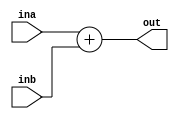
`timescale 1ns / 1ps
//////////////////////////////////////////////////////////////////////////////////
// Company: 
// Engineer: 
// 
// Design Name: 
// Module Name: adder
// Project Name: 
// Target Devices: 
// Tool Versions: 
// Description: 
// 
// Dependencies: 
// 
// Revision:
// Revision 0.01 - File Created
// Additional Comments:
// 
//////////////////////////////////////////////////////////////////////////////////


module adder(
    input [31:0] ina,
    input [31:0] inb,
    output reg [31:0] out
    );
    
    always @(ina, inb)
    begin 
        out <= ina + inb;
    end
endmodule